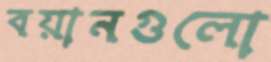
বয়ানগুলো